Civil Veterinary Dept. Bombay admin report 1914-1922 - 1914-1922
Year: 1914
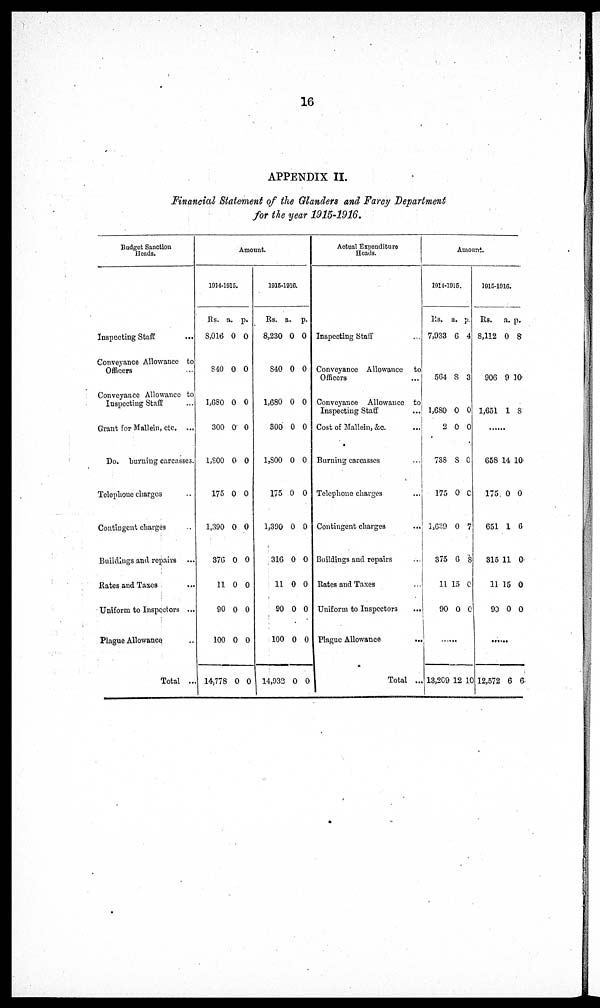
16
APPENDIX II.
Financial Statement of the Glanders and Farcy Department
for the year 1915-1916.
Budget Sanction
Heads.
Inspecting Staff
...
Conveyance Allowance to
Officers ...
Conveyance Allowance to
Inspecting Staff
...
Grant for Mallein, etc. ...
Do. burning carcasses.
Telephone charges ..
Contingent charges ..
Buildings and repairs ...
Rates and Taxes ...
Uniform to Inspectors ...
Plague Allowance ...
Total ...
Amount.
1914-1915.
Rs.
8,016
840
1,680
300
1,800
175
1,390
376
11
90
100
14,778
a.
0
0
0
0
0
0
0
0
0
0
0
0
p.
0
0
0
0
0
0
0
0
0
0
0
0
1915-1916.
Rs.
8,230
840
1,680
300
1,800
175
1,390
316
11
90
100
14,932
a.
0
0
0
0
0
0
0
0
0
0
0
0
p.
0
0
0
0
0
0
0
0
0
0
0
0
Actual Expenditure
Heads.
Inspecting Staff ...
Conveyance Allowance to
Officers ...
Conveyance Allowance to
Inspecting Staff ...
Cost of Mallein, &c. ...
Burning carcasses ...
Telephone charges ...
Contingent charges
...
Buildings and repairs ...
Rates and Taxes ...
Uniform to Inspectors ...
Plague Allowance ...
Total ...
Amount.
1914-1915.
Rs.
7,933
564
1,680
2
738
175
1,639
375
11
90
a.
6
8
0
0
8
0
0
6
15
0
p.
4
3
0
0
0
0
7
8
0
0
......
13,209 12 10
1915-1916.
Rs.
8,112
906
1,651
a.
0
9
1
p.
8
10
8
......
658
175
651
315
11
90
14
0
1
11
15
0
10
0
6
0
0
0
......
12,572 6 6